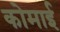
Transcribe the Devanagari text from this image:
कोमाई